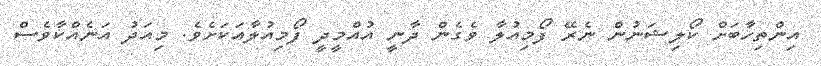
އިންތިހާބަށް ކޯލިޝަނުން ނެރޭ ފޯމިއުލާ ވެގެން ދާނީ އުއްމީދީ ފޯމިއުލާއަކަށެވެ. މިއަދު އަނެއްކާވެސް